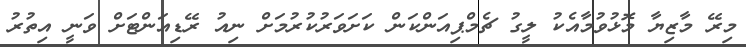
މިރޭ މާޒިޔާ މޮޅުވުމާއެކު ލީގު ޗެމްޕިއަންކަން ކަށަވަރުކުރުމަށް ނިއު ރޭޑިއަންޓަށް ވަނީ އިތުރު